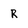
Character: R